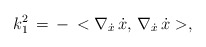
\begin{align*}k_1^2\,=\,-\, <\nabla _{\dot x}\,\dot x, \,\nabla _{\dot x}\,\dot x >,\end{align*}